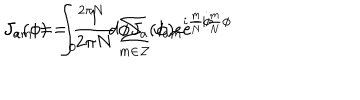
J _ { a } ( \phi ) = \frac { 1 } { 2 \pi N } \sum _ { m \in \cal { Z } } J _ { a m } e ^ { - i \frac { m } { N } \phi } \hspace { 1 0 m m } J _ { a m } = \int _ { 0 } ^ { 2 \pi N } d \phi J _ { a } ( \phi ) e ^ { i \frac { m } { N } \phi }